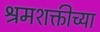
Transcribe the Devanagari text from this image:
श्रमशक्तीच्या